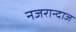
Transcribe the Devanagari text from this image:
नजरान्दाज